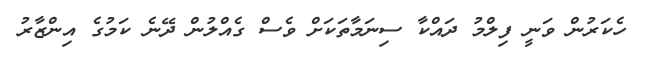
ހެކަރުން ވަނީ ފިލްމު ދައްކާ ސިނަމާތަކަށް ވެސް ގެއްލުން ދޭނެ ކަމުގެ އިންޒާރު